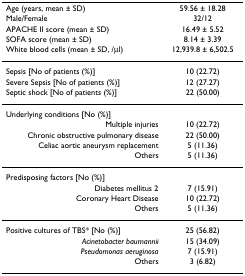
<table><thead><tr><td><b>Age (years, mean ± SD)</b></td><td><b>59.56 ± 18.28</b></td></tr><tr><td><b>Male/Female</b></td><td><b>32/12</b></td></tr><tr><td><b>APACHE II score (mean ± SD)</b></td><td><b>16.49 ± 5.52</b></td></tr><tr><td><b>SOFA score (mean ± SD)</b></td><td><b>8.14 ± 3.39</b></td></tr><tr><td><b>White blood cells (mean ± SD, /μl)</b></td><td><b>12,939.8 ± 6,502.5</b></td></tr></thead><tbody><tr><td>Sepsis [No of patients (%)]</td><td>10 (22.72)</td></tr><tr><td>Severe Sepsis [No of patients (%)]</td><td>12 (27.27)</td></tr><tr><td>Septic shock [No of patients (%)]</td><td>22 (50.00)</td></tr><tr><td>Underlying conditions [No (%)]</td><td></td></tr><tr><td>Multiple injuries</td><td>10 (22.72)</td></tr><tr><td>Chronic obstructive pulmonary disease</td><td>22 (50.00)</td></tr><tr><td>Celiac aortic aneurysm replacement</td><td>5 (11.36)</td></tr><tr><td>Others</td><td>5 (11.36)</td></tr><tr><td>Predisposing factors [No (%)]</td><td></td></tr><tr><td>Diabetes mellitus 2</td><td>7 (15.91)</td></tr><tr><td>Coronary Heart Disease</td><td>10 (22.72)</td></tr><tr><td>Others</td><td>5 (11.36)</td></tr><tr><td>Positive cultures of TBS* [No (%)]</td><td>25 (56.82)</td></tr><tr><td><i>Acinetobacter baumannii</i></td><td>15 (34.09)</td></tr><tr><td><i>Pseudomonas aeruginosa</i></td><td>7 (15.91)</td></tr><tr><td>Others</td><td>3 (6.82)</td></tr></tbody></table>